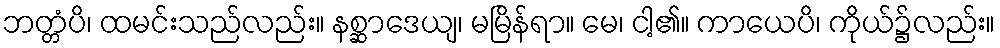
ဘတ္တံပိ၊ ထမင်းသည်လည်း။ နစ္ဆာဒေယျ၊ မမြိန်ရာ။ မေ၊ ငါ့၏။ ကာယေပိ၊ ကိုယ်၌လည်း။